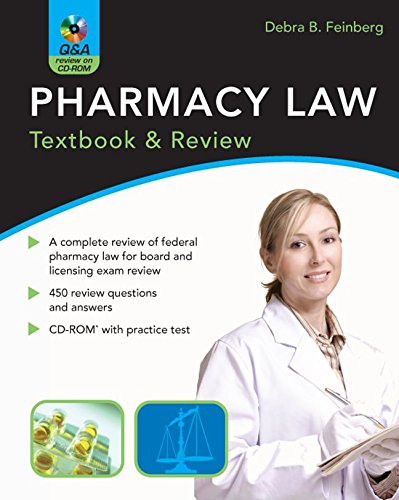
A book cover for Pharmacy Law: Textbook & Review; Debra Feinberg; Medical Books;